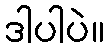
ဒါပါပဲ။